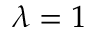
\lambda = 1